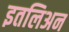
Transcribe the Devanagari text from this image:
इतलिअन